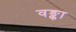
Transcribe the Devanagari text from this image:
वङ्का